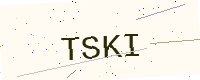
Text: TSKI